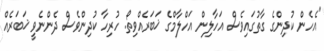
"އެހެން ކުދިންގެ ގާތުގައިވެސް އަހާލިން އަހްލާމްގެ ޚަބަރެއްވިތޯ. ހުރިހާ ކުދިންވެސް ދެންނެވީ ޚަބަރެއް